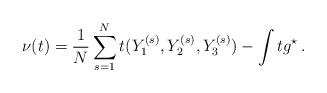
LaTeX: \begin{align*}\nu(t)=\frac1N\sum_{s=1}^Nt(Y_1^{(s)},Y_2^{(s)},Y_3^{(s)})-\int t g^{\star}\,.\end{align*}